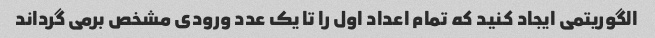
الگوریتمی ایجاد کنید که تمام اعداد اول را تا یک عدد ورودی مشخص برمی گرداند